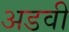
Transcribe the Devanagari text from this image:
अडवी